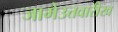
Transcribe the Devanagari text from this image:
जामेउत्तवारीख